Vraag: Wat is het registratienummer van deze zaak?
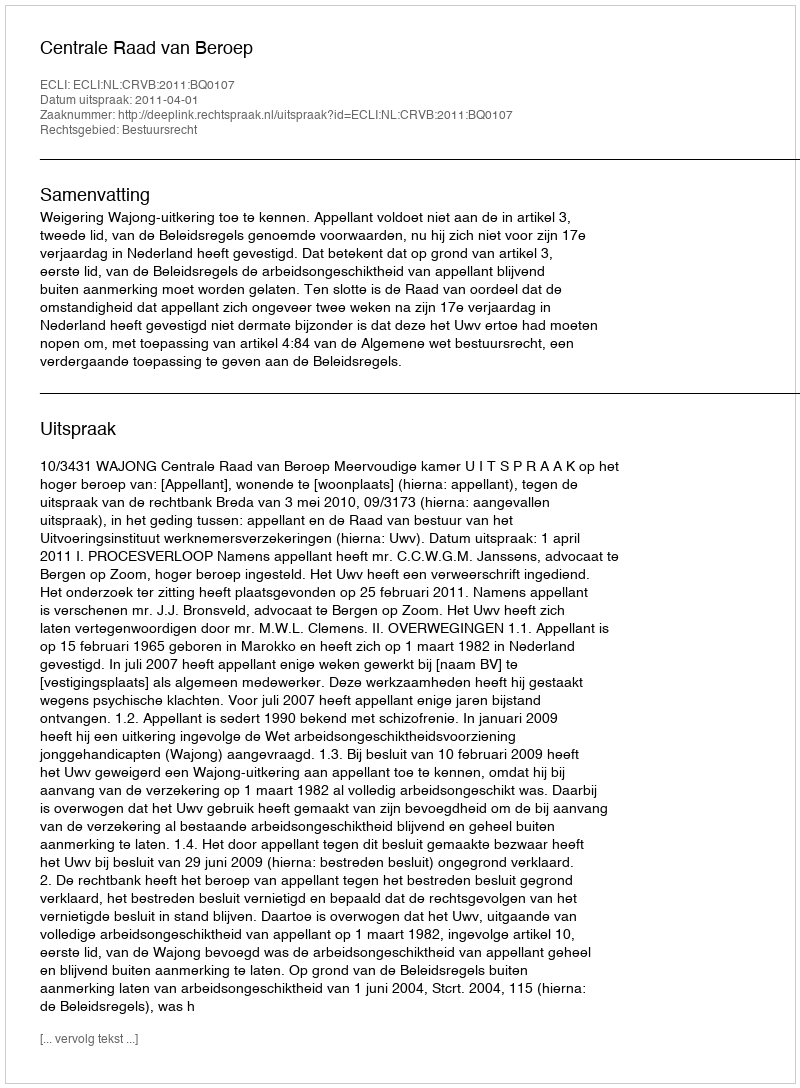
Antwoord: http://deeplink.rechtspraak.nl/uitspraak?id=ECLI:NL:CRVB:2011:BQ0107